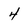
Character: 4